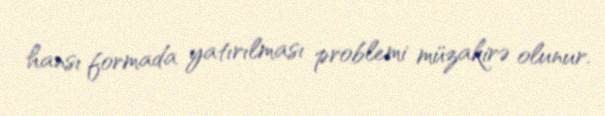
hansı formada yatırılması problemi müzakirə olunur.